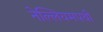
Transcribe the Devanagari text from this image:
नेल्लियमपथी